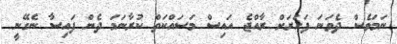
ނަމަވެސް ދެވަނަ ފަހަރަށް ރާއްޖެ އައިސް މަސައްކަތް ކުރާނަމަ ދެން ފައިސާ ނެގޭނީ